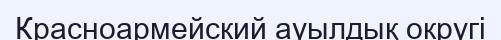
Красноармейский ауылдық округі